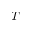
T